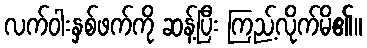
လက်ဝါးနှစ်ဖက်ကို ဆန့်ပြီး ကြည့်လိုက်မိ၏။